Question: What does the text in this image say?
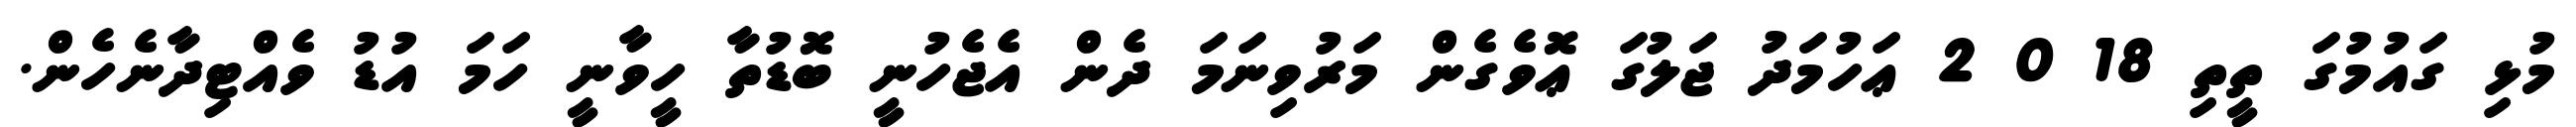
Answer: މުޅި ގައުމުގަ ތީތި 18 0 2 ޢަހުމަދު ޖަލުގަ ޢޮވެގެން މަރުވިނަމަ ދެން އެޖެހުނީ ބޮޑުތާ ހީވާނީ ހަމަ އުޑު ވެއްޓިދާނެހެން.